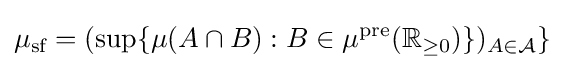
\mu _{\text{sf}}=(\sup\{\mu (A\cap B):B\in \mu ^{\text{pre}}(\mathbb {R} _{\geq 0})\})_{A\in {\cal {A}}}\}